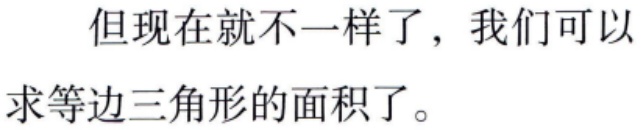
但现在就不一样了，我们可以\\求等边三角形的面积了。